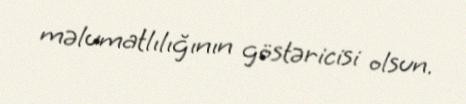
məlumatlılığının göstəricisi olsun.